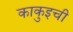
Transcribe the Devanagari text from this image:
काकुइची